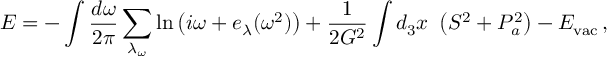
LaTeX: E = - \int \frac { d \omega } { 2 \pi } \sum _ { \lambda _ { \omega } } \ln \left( i \omega + e _ { \lambda } ( \omega ^ { 2 } ) \right) + \frac { 1 } { 2 G ^ { 2 } } \int d _ { 3 } x \, \, \left( S ^ { 2 } + P _ { a } ^ { 2 } \right) - E _ { \mathrm { v a c } } \, ,